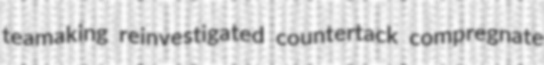
teamaking reinvestigated countertack compregnate